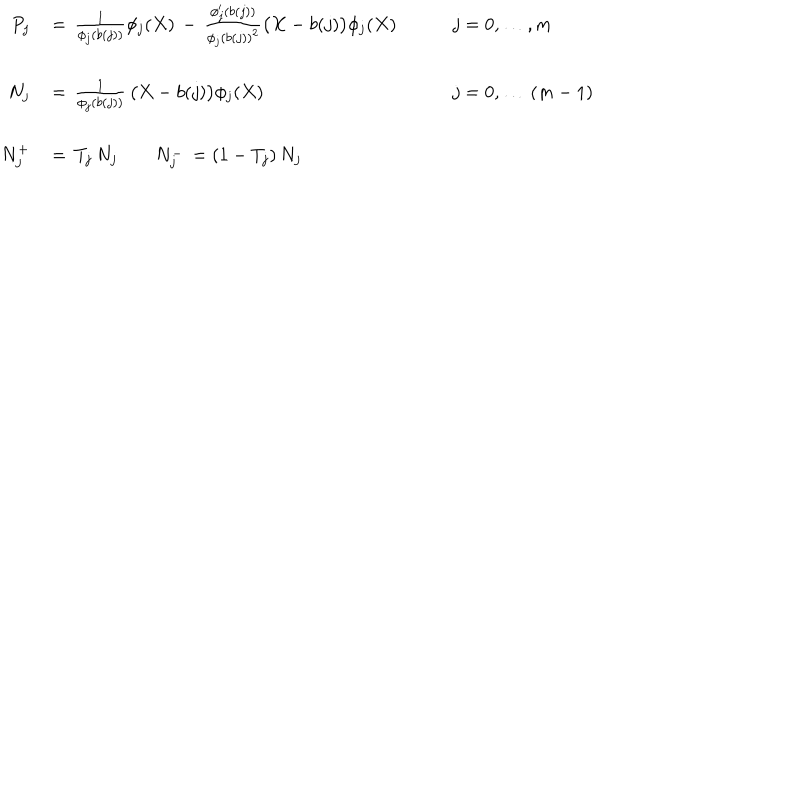
\begin{array} { r l l } { { P _ { j } \, } } & { { = \, \frac 1 { \phi _ { j } ( b ( j ) ) } \phi _ { j } ( X ) \, - \, \frac { \phi _ { j } ^ { \prime } ( b ( j ) ) } { \phi _ { j } ( b ( j ) ) ^ { 2 } } \bigl ( X - b ( j ) \bigr ) \phi _ { j } ( X ) \qquad } } & { { j = 0 , \ldots , m } } \\ { { } } & { { } } & { { } } \\ { { N _ { j } \, } } & { { = \, \frac 1 { \phi _ { j } ( b ( j ) ) } \, \bigl ( X - b ( j ) \bigr ) \phi _ { j } ( X ) \qquad } } & { { j = 0 , \ldots \, ( m - 1 ) } } \\ { { } } & { { } } & { { } } \\ { { N _ { j } ^ { + } \, } } & { { = \, T _ { j } \, N _ { j } \qquad N _ { j } ^ { - } \, = ( 1 - T _ { j } ) \, N _ { j } } } \\ \end{array}